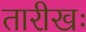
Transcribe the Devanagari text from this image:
तारीखः